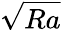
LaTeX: \sqrt{Ra}